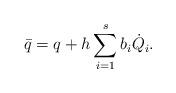
LaTeX: \begin{align*}\bar q = q + h\sum_{i=1}^{s} b_i \dot Q_i.\end{align*}